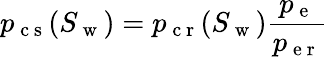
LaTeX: p_{\mathrm{~c~s~}}(S_{\mathrm{~w~}})=p_{\mathrm{~c~r~}}(S_{\mathrm{~w~}})\frac{p_{\mathrm{~e~}}}{p_{\mathrm{~e~r~}}}